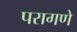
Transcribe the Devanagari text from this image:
परागणे